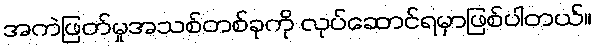
အကဲဖြတ်မှုအသစ်တစ်ခုကို လုပ်ဆောင်ရမှာဖြစ်ပါတယ်။